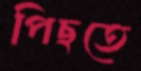
পিছতে